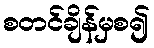
စတင်ချိန်မှစ၍